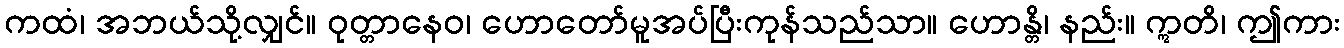
ကထံ၊ အဘယ်သို့လျှင်။ ဝုတ္တာနေဝ၊ ဟောတော်မူအပ်ပြီးကုန်သည်သာ။ ဟောန္တိ၊ နည်း။ ဣတိ၊ ဤကား